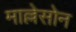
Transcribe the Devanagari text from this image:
माल्लेसोन